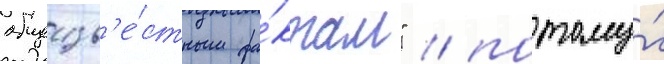
общеизв'е́стным фа́ктам" / потому́